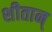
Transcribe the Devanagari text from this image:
शीतान्